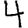
Digit: 4